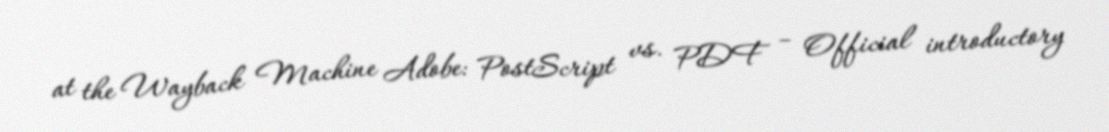
at the Wayback Machine Adobe: PostScript vs. PDF – Official introductory